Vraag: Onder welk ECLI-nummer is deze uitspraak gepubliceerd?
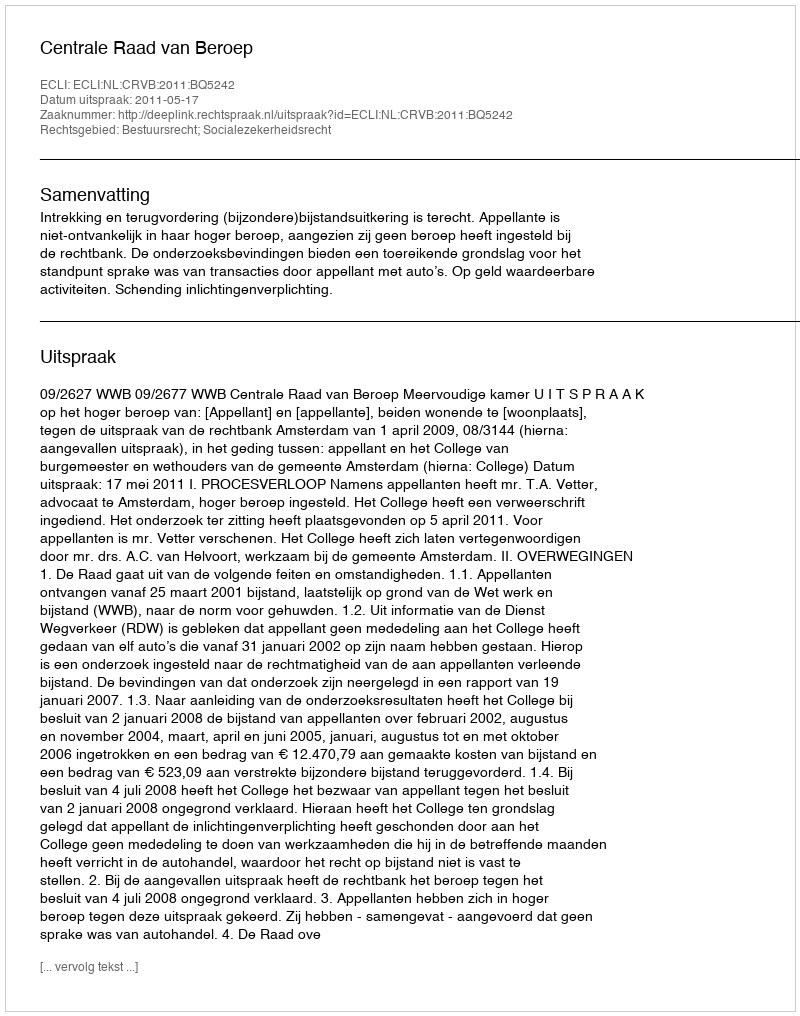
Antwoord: ECLI:NL:CRVB:2011:BQ5242